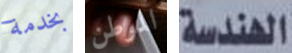
بخدمة الموطن الهندسة